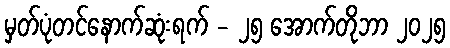
မှတ်ပုံတင်နောက်ဆုံးရက် - ၂၅ အောက်တိုဘာ ၂၀၂၅